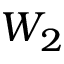
W _ { 2 }